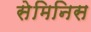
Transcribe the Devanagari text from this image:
सेमिनिस